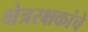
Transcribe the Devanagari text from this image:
क्षेत्ररक्षकांचे